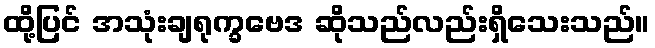
ထို့ပြင် အသုံးချရုက္ခဗေဒ ဆိုသည်လည်းရှိသေးသည်။